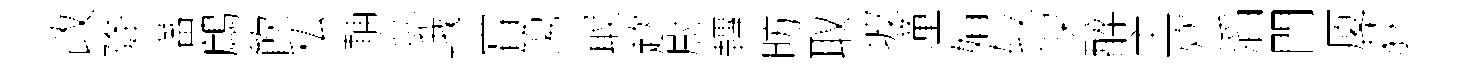
改降蕃鷓飮私輔巡峨甞簜㝡趑尉轉昉取坡潼娟较深醉主炊滔門厦荻